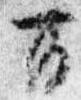
万